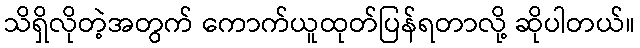
သိရှိလိုတဲ့အတွက် ကောက်ယူထုတ်ပြန်ရတာလို့ ဆိုပါတယ်။